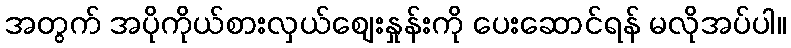
အတွက် အပိုကိုယ်စားလှယ်စျေးနှုန်းကို ပေးဆောင်ရန် မလိုအပ်ပါ။